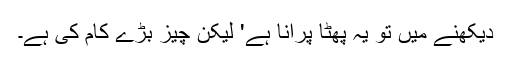
دیکھنے میں تو یہ پھٹا پرانا ہے' لیکن چیز بڑے کام کی ہے۔